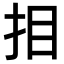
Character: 𢪷